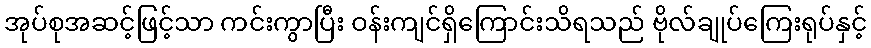
အုပ်စုအဆင့်ဖြင့်သာ ကင်းကွာပြီး ဝန်းကျင်ရှိကြောင်းသိရသည် ဗိုလ်ချုပ်ကြေးရုပ်နှင့်